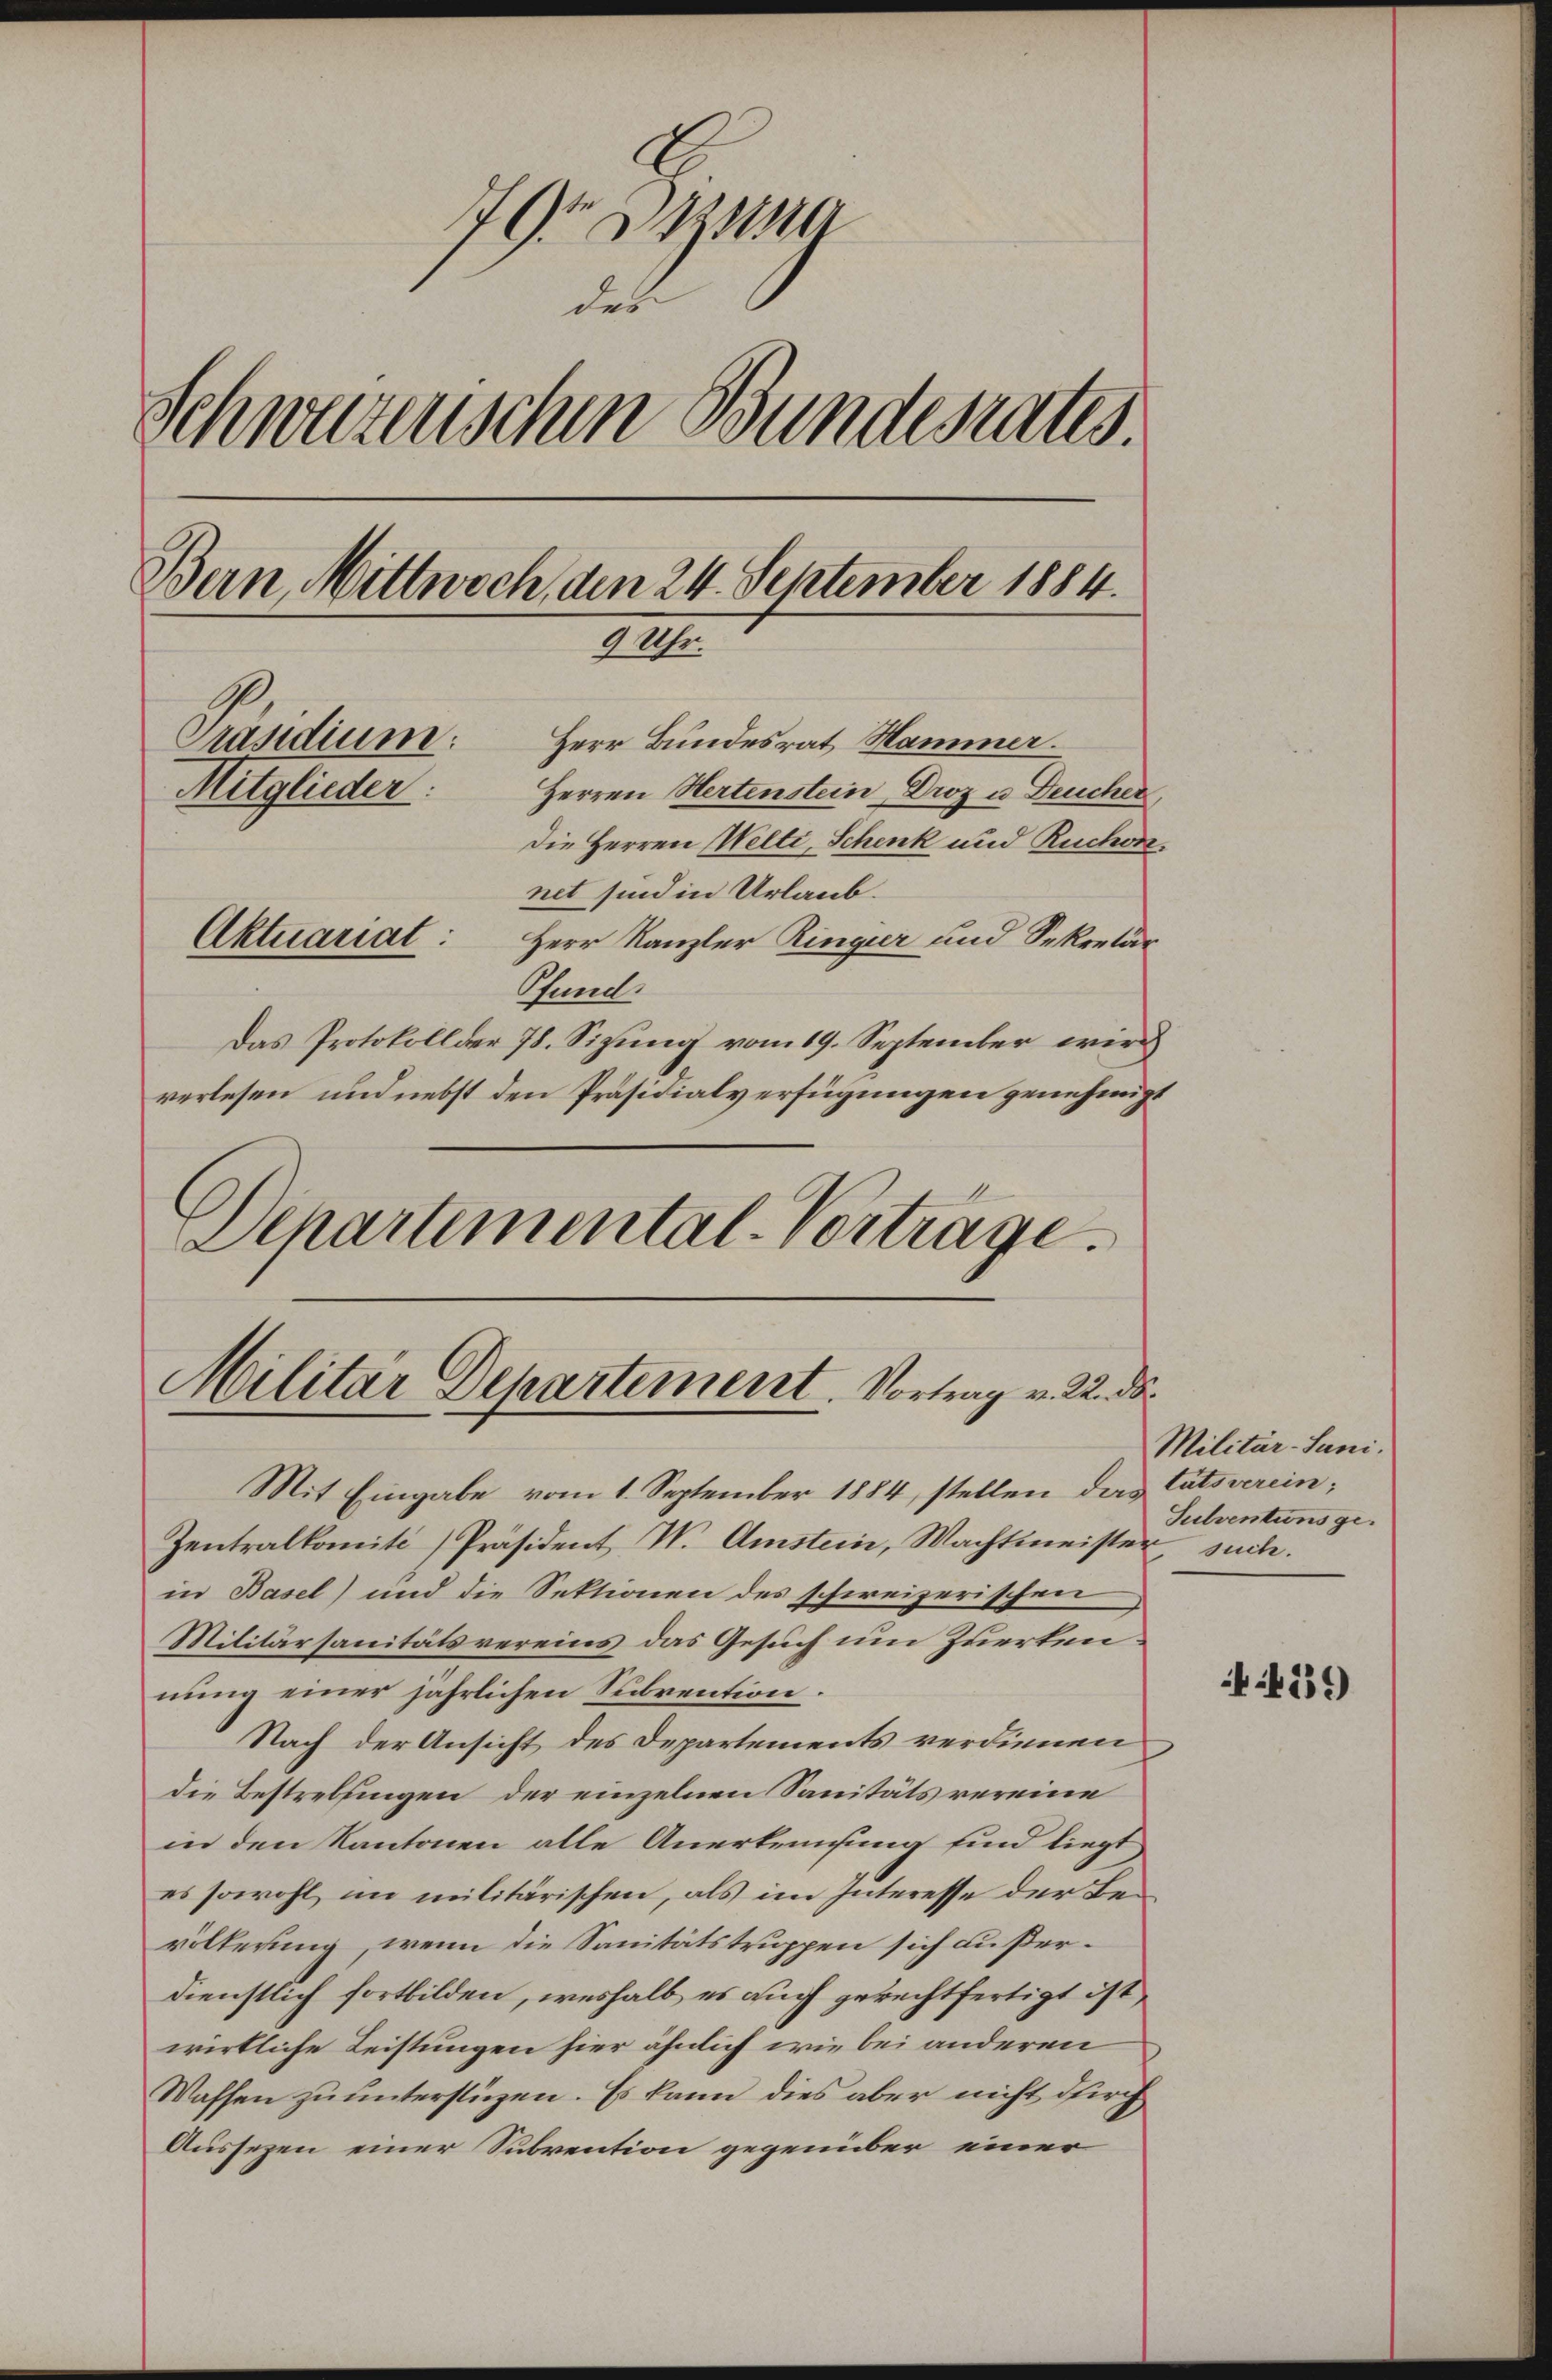
779 sa
des
Schwurzenschen Bundesrates.
Bern, Mittwoch, den 24. September 1884.
XIII.
Präsidium.
Herr Bundesrat Hammer
Mitglieder:
Herren Hertenstein, Droz u Deucher,
Die Herren Welti, Schenk und Ruchon
net sind in Urlaub.
Aktuariat: Herr Kanzler Ringier und Sekretär
Pfund
Das Protokoll der 78. Sizung vom 19. September wird
verlesen und nebst den Präsidialverfügungen genehmigt

Schartemental-Vortrage.

Militär Departement. Vortrag v. 22. de

Mit Eingabe vom 1. September 1884, stellen das tatsverein;
Zentralkomité [Präsident W. Amstein, Machtmeister, suche.
in Basel) und die Sektionen des schweizerischen
Militärsanitätsvereins das Gesuch um Zuerkennung einer jährlichen Subvention.
Nach der Ansicht des Departements verdienen
die Bestrebungen der einzelnen Sanitäts vereine
in den Kantonen alle Anerkreisung sind liegt,
es sowohl im militärischen, als im Interesse der Bevölkerung, wenn die Sanitätstruppen sich außerdienstlich fortbilden, weshalb es auch gerechtfertigt ist,
wirkliche Leistungen hier ähnlich wie bei anderen
Waffen zu unterstüzen. Es kann dies aber nicht durch
Aussezen einer Subvention gegenüber einer

Militär-Juni.
Subventionsge¬

39